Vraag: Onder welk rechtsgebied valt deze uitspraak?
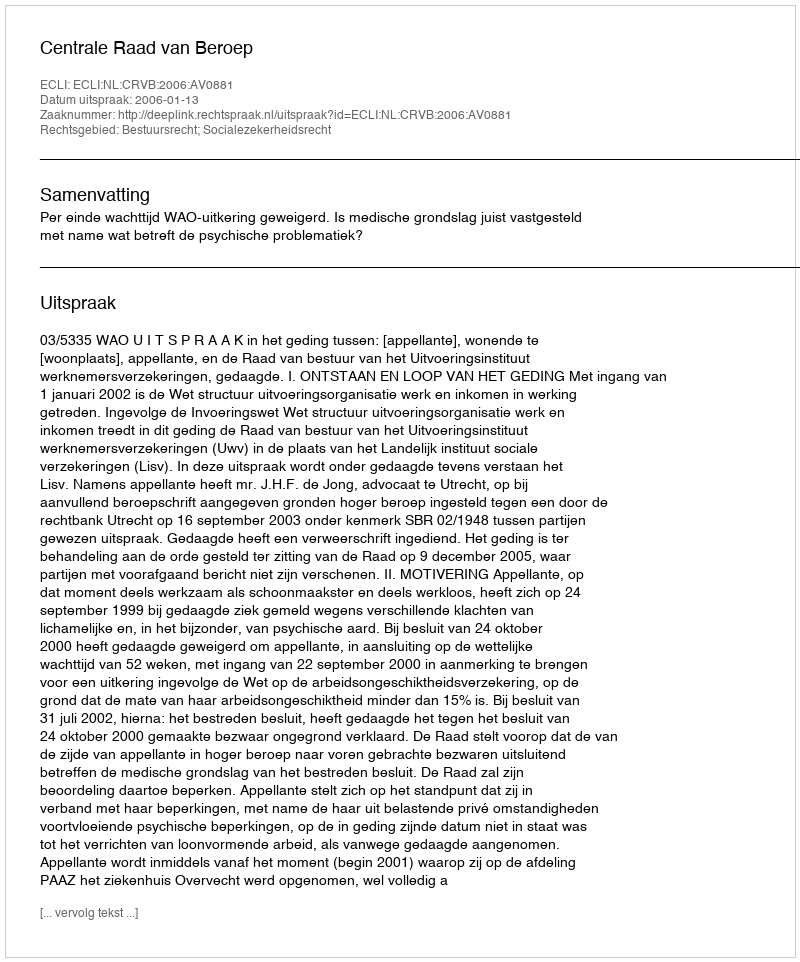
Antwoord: Bestuursrecht; Socialezekerheidsrecht